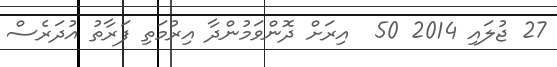
27 ޖުލައި 2014 50  އިރަށް ދޮންވަމުންދާ އިރުމަތި ފަރާތު އުދަރެސް